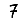
Digit: 7